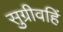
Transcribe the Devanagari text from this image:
सुग्रीवहिं